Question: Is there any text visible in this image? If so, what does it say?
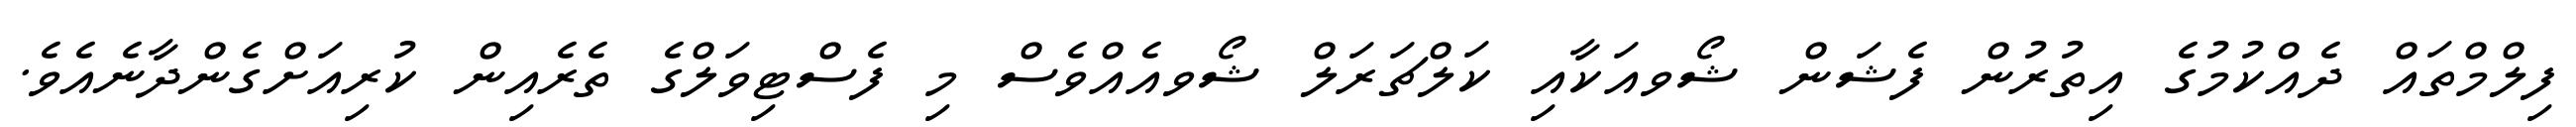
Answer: ފިލްމްތައް ދެއްކުމުގެ އިތުރުން ފެޝަން ޝޯވއަކާއި ކަލްޗަރަލް ޝޯވއެއްވެސް މި ފެސްޓިވަލްގެ ތެރެއިން ކުރިއަށްގެންދާނެއެވެ.